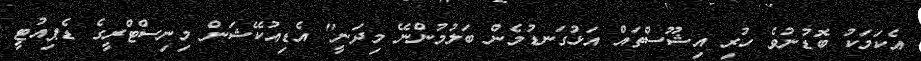
އެކަމަކު ބޮޑުނުވެ ހުރި އިޝޫސްތައް އަޅުގަނޑުމެން ބަލުމުންނޭ މިދަނީ" އެޑިއުކޭޝަން މިނިސްޓްރީގެ ޑެޕިއުޓީ